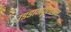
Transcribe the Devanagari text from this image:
उडडाणपूलाच्या